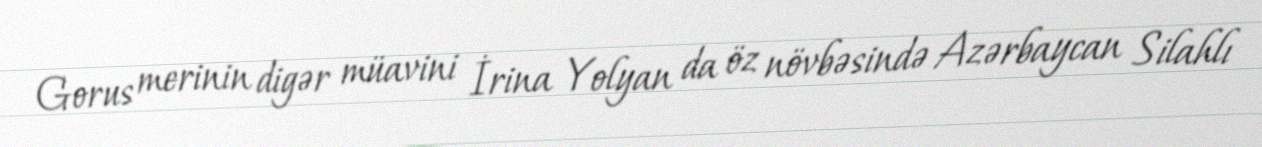
Gorus merinin digər müavini İrina Yolyan da öz növbəsində Azərbaycan Silahlı